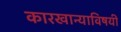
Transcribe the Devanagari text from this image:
कारखान्याविषयी